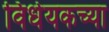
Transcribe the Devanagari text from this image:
विधेयकच्या